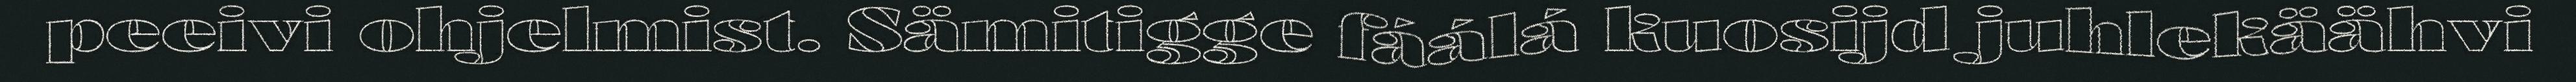
peeivi ohjelmist. Sämitigge fáálá kuosijd juhlekäähvi